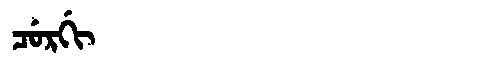
Manchu: ᠴᡠᡵᡤᡳ
Romanization: CURGI